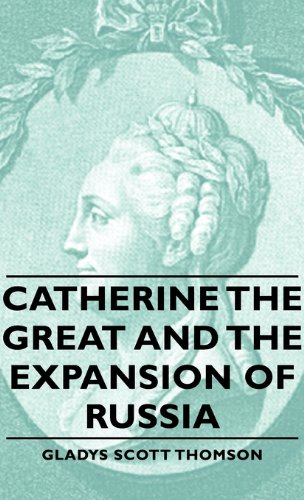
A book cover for Catherine the Great and the Expansion of Russia; Gladys Scott Thomson; Politics & Social Sciences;